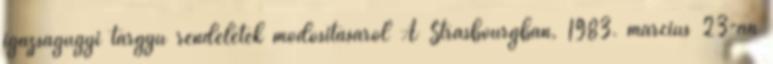
igazságügyi tárgyú rendeletek módosításáról A Strasbourgban, 1983. március 23-án